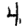
Digit: 4